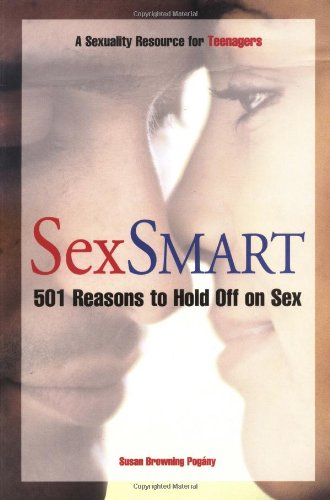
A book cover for Sex Smart: 501 Reasons to Hold Off on Sex: A Sexuality Resource for Teenagers; Susan Browning Pogany; Teen & Young Adult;